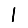
Digit: 1